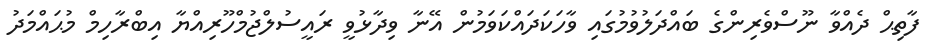
ފާތިޙް ދެއްވާ ނޫސްވެރިންގެ ބައްދަލުވުމުގައި ވާހަކަދައްކަވަމުން އޭނާ ވިދާޅުވީ ރައީސުލްޖުމްހޫރިއްޔާ އިބްރާހިމް މުޙައްމަދު